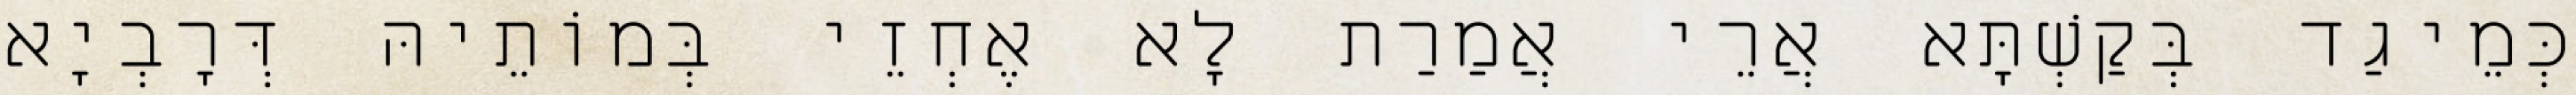
כְּמֵיגַד בְּקַשְׁתָּא אֲרֵי אֲמַרַת לָא אֶחְזֵי בְּמוֹתֵיהּ דְּרָבְיָא